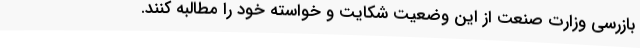
بازرسی وزارت صنعت از این وضعیت شکایت و خواسته خود را مطالبه کنند.